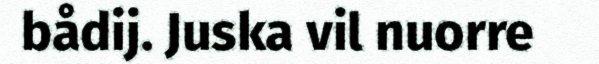
bådij. Juska vil nuorre